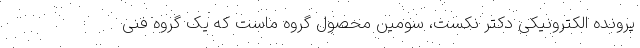
پرونده الکترونیکی دکتر نکست، سومین محصول گروه ماست که یک گروه فنی